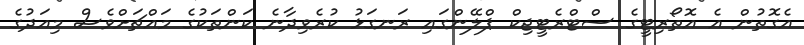
އެގޮތުން އެ އޮތޯރިޓީގެ ސްޓްރެޓީޖިކް ޕްލޭންގައި ރަނގަޅު ކުރެވިދާނެ ކަންތަކުގެ މައްޗަށްވެސް މިއަދުގެ